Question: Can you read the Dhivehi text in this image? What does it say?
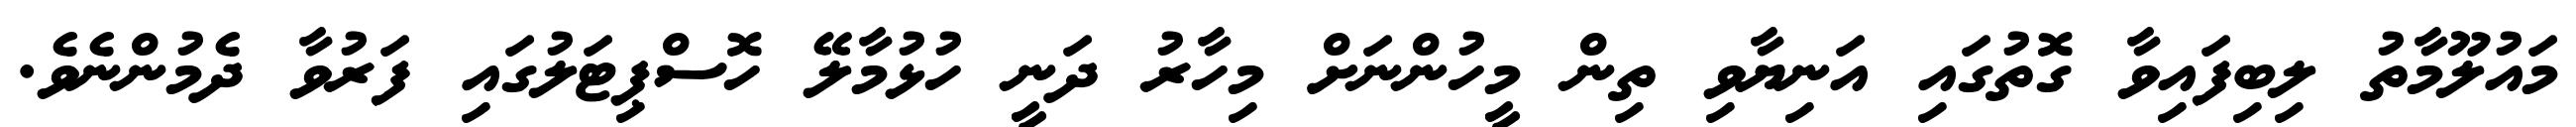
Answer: މައުލޫމާތު ލިބިފައިވާ ގޮތުގައި އަނިޔާވި ތިން މީހުންނަށް މިހާރު ދަނީ ހުޅުމާލޭ ހޮސްޕިޓަލުގައި ފަރުވާ ދެމުންނެވެ.